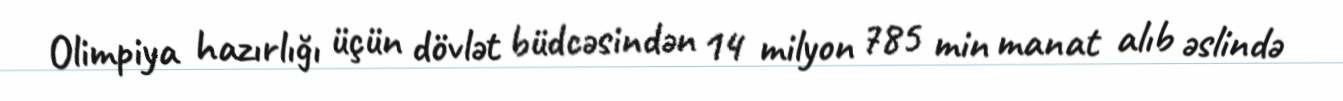
Olimpiya hazırlığı üçün dövlət büdcəsindən 14 milyon 785 min manat alıb əslində